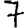
Digit: 7